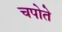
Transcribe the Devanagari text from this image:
चपोते